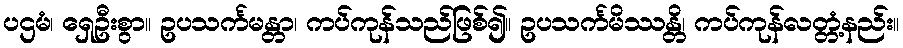
ပဌမံ၊ ရှေဦးစွာ။ ဥပသင်္ကမန္တာ၊ ကပ်ကုန်သည်ဖြစ်၍။ ဥပသင်္ကမိဿန္တိ၊ ကပ်ကုန်လတ္တံ့နည်း။